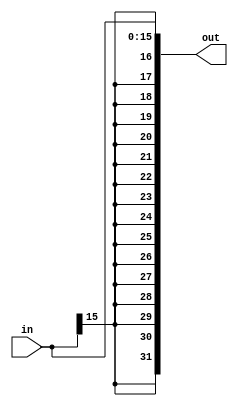
//sign extender

module signextender(input [15:0] in, output reg [31:0] out);
integer i;
always @(*)
begin
	//for (i=0; i < 16; i = i + 1)  // Setting individual memory cells to 0
	//begin
	//	out[i] = in[i];
	//end
	
	out[15:0] = in[15:0];

//think hex
	for (i=16; i<32; i = i+1)
	begin
		out[i] = in[15];
	end
end

endmodule